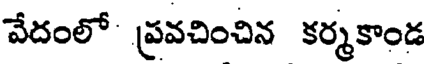
వేదంలో ప్రవచించిన కర్మకాండ